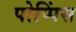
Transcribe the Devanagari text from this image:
पोप्पिंस